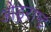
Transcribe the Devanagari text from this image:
ओड्रराष्ट्र